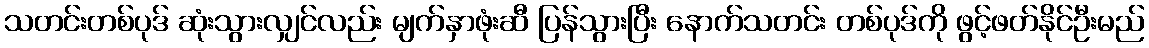
သတင်းတစ်ပုဒ် ဆုံးသွားလျှင်လည်း မျက်နှာဖုံးဆီ ပြန်သွားပြီး နောက်သတင်း တစ်ပုဒ်ကို ဖွင့်ဖတ်နိုင်ဦးမည်